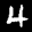
Label: 4